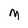
Character: m